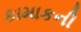
કામાકની